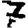
Digit: 7